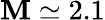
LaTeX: \mathbf{M}\simeq2.1